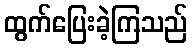
ထွက်ပြေးခဲ့ကြသည်